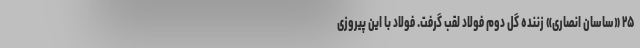
۲۵ «ساسان انصاری» زننده گل دوم فولاد لقب گرفت. فولاد با این پیروزی